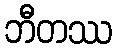
ဘီတဿ